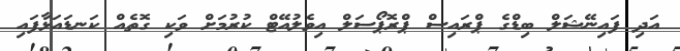
އަދި ފައިނޭޝަލް ބިޑްގެ ޕްރައިސް ޕްރޮޕޯސަލް އިވެލުއޭޓް ކުރުމަށް ވަކި ގޮތެއް ކަނޑައަޅާފައި